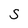
Character: S